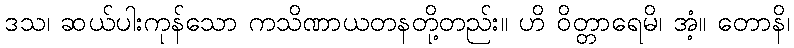
ဒသ၊ ဆယ်ပါးကုန်သော ကသိဏာယတနတို့တည်း။ ဟိ ဝိတ္တာရေမိ၊ အံ့။ တောနိ၊